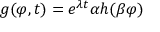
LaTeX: g ( \varphi , t ) = e ^ { \lambda t } \alpha h ( \beta \varphi )